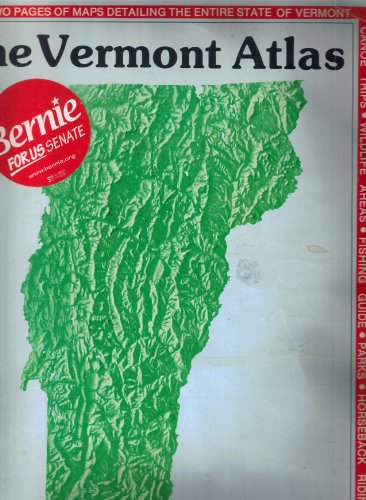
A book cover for Vermont Atlas and Gazetteer (State Atlas & Gazetteer); David Delorme; Travel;